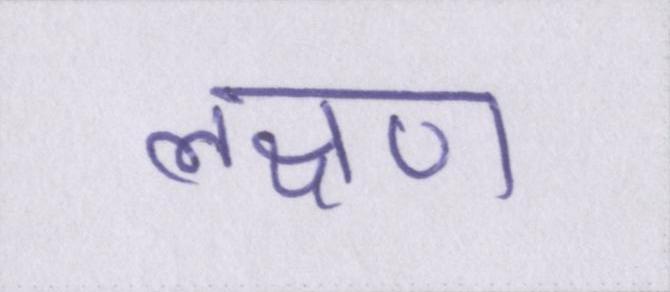
लक्षण